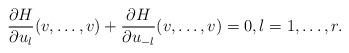
LaTeX: \begin{align*}\frac{\partial H}{\partial u_l}(v,\dots,v)+\frac{\partial H}{\partial u_{-l}}(v,\dots,v)=0, l=1,\dots,r.\end{align*}